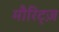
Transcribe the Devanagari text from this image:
मौरिट्ज़